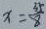
x = \frac { 3 5 } { 8 }